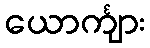
ယောင်္ကျား